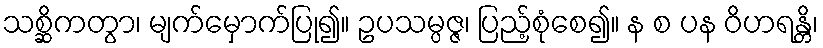
သစ္ဆိကတွာ၊ မျက်မှောက်ပြု၍။ ဥပသမ္ပဇ္ဇ၊ ပြည့်စုံစေ၍။ န စ ပန ဝိဟရန္တိ၊